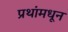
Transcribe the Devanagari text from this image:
प्रथांमधून